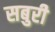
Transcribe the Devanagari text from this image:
सबुरी